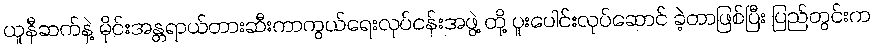
ယူနီဆက်နဲ့ မိုင်းအန္တရာယ်တားဆီးကာကွယ်ရေးလုပ်ငန်းအဖွဲ့ တို့ ပူးပေါင်းလုပ်ဆောင် ခဲ့တာဖြစ်ပြီး ပြည်တွင်းက